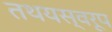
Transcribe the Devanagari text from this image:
तथयस्वरूप